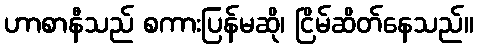
ဟာစာနီသည် စကားပြန်မဆို၊ ငြိမ်ဆိတ်နေသည်။